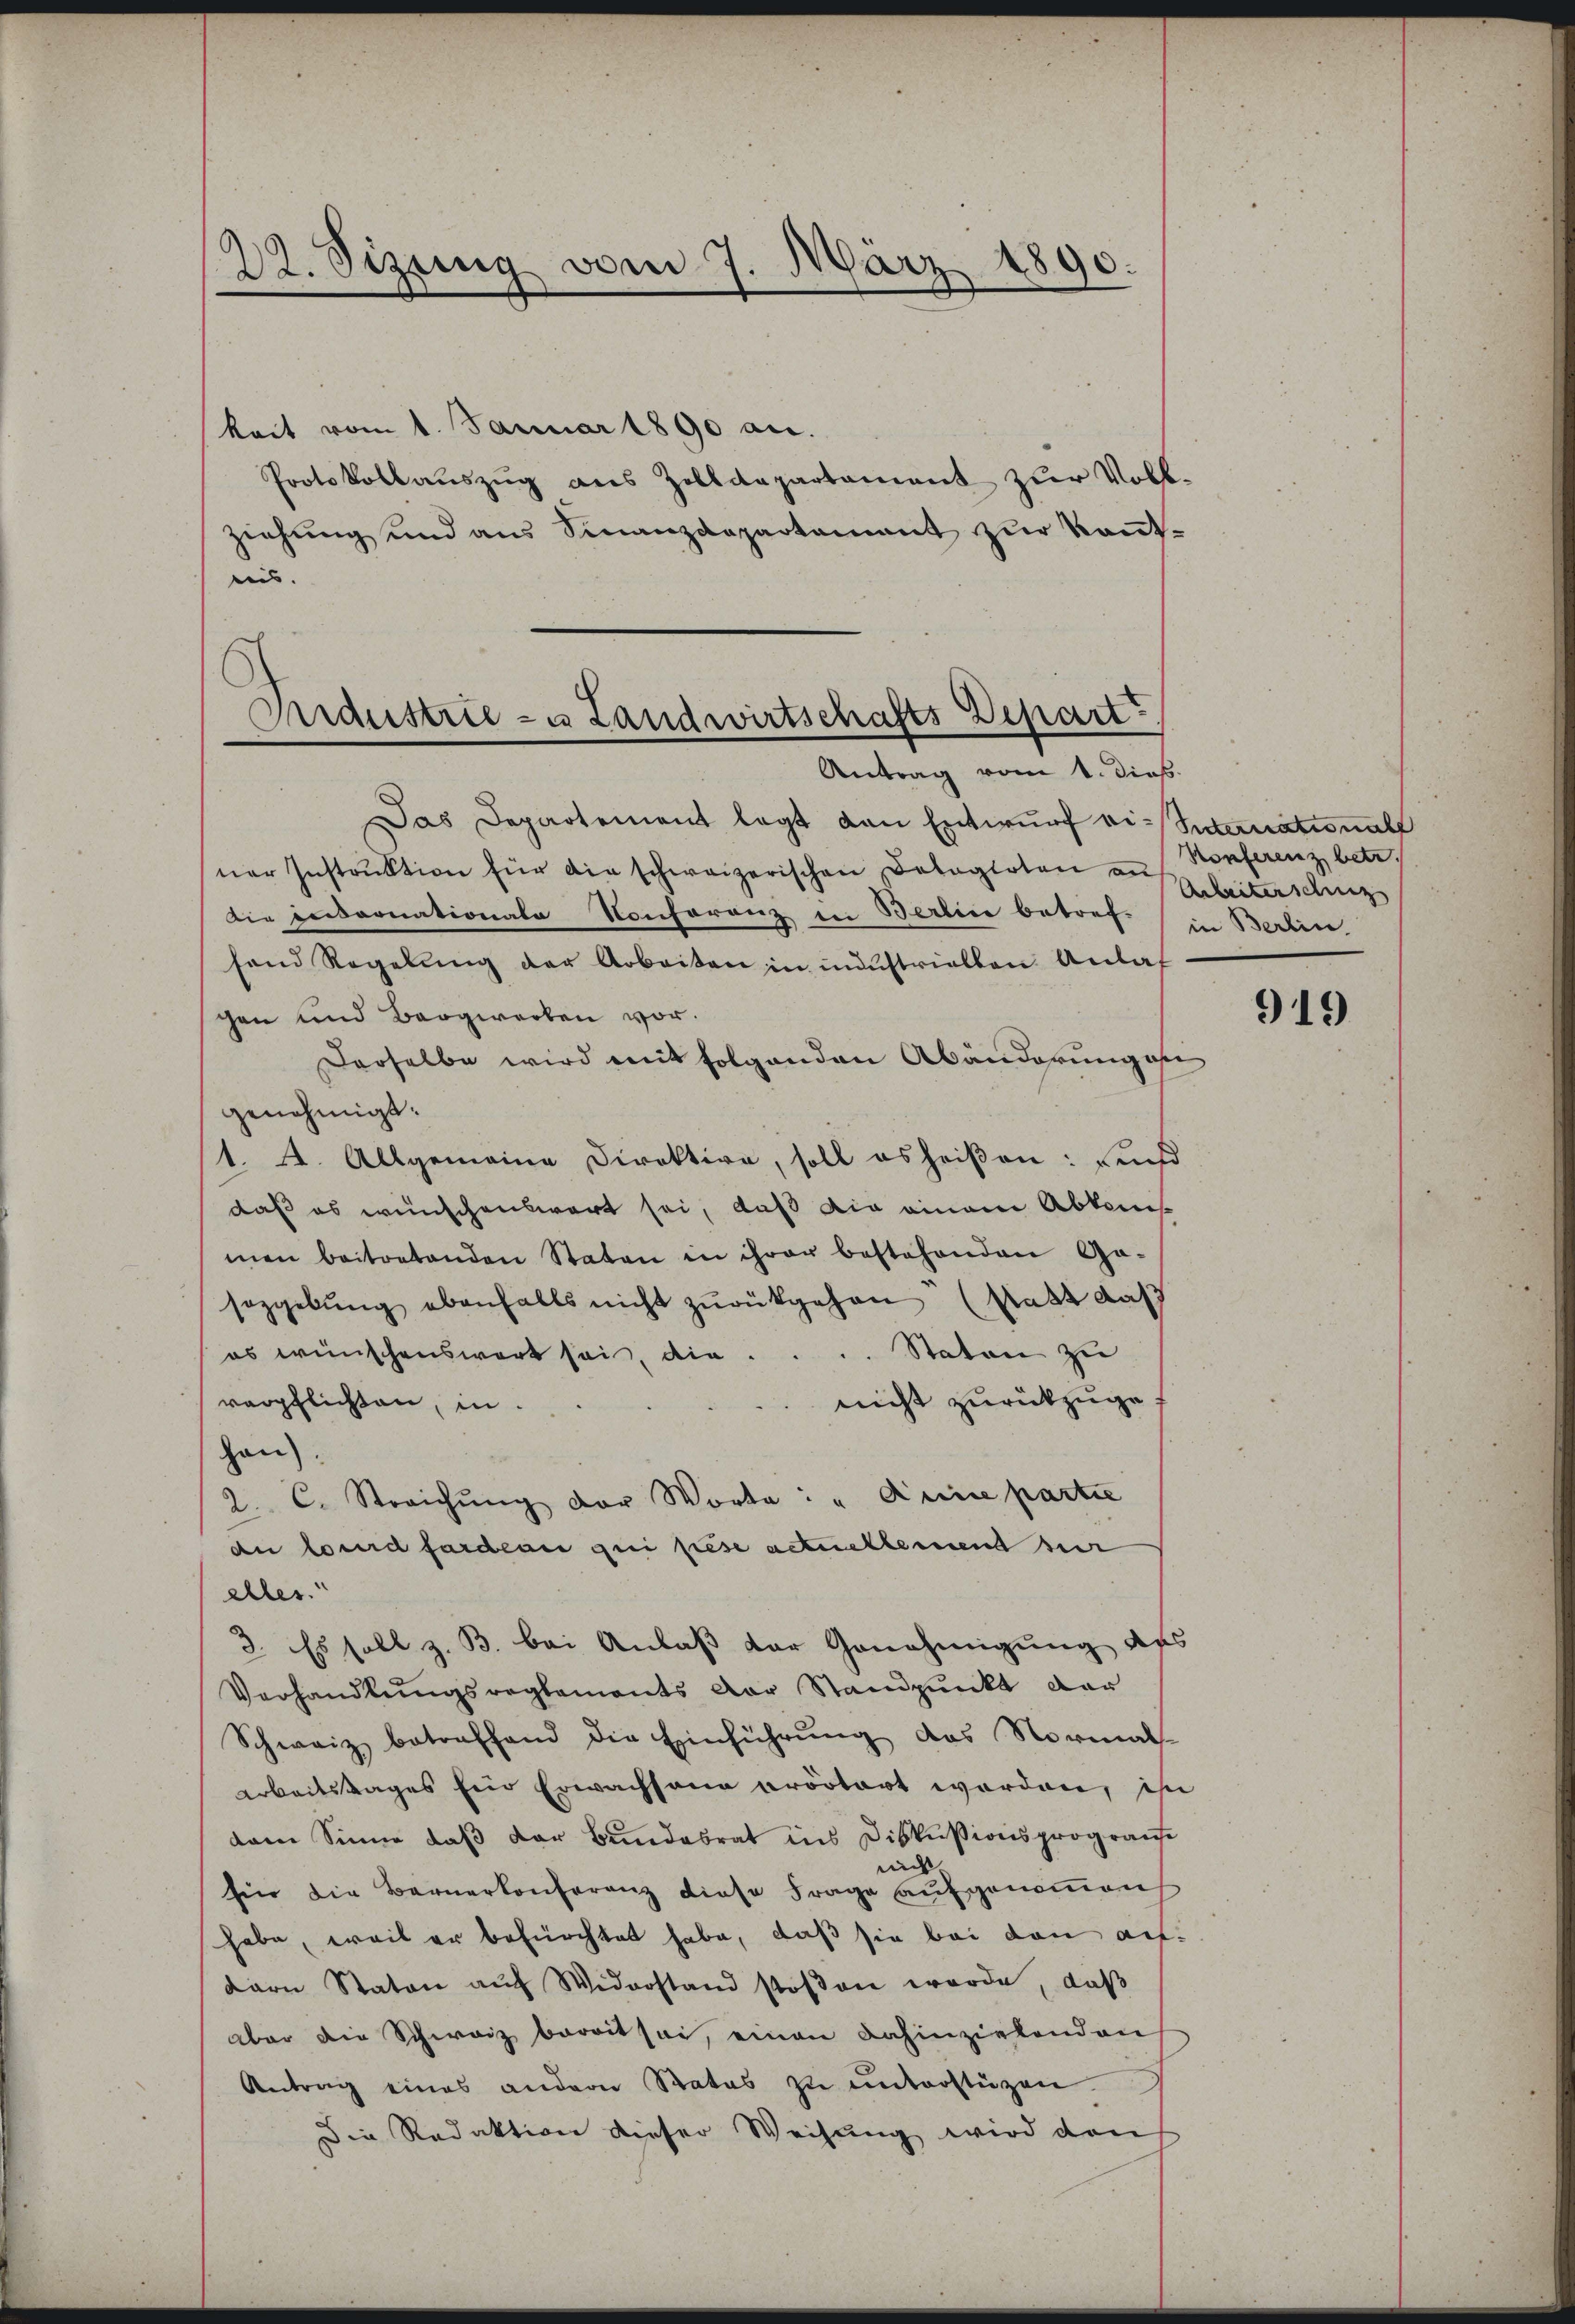
22. Sizung vom 7. März 1890.

keit vom 1. Januar 1890 an.
Protokollaŭszŭg ans Zolldepartament zur Voll-
ziehŭng und ans Finanzdepartamant zŭr Keṅt-
uns.

Industrie - u Landwirtschafts Depart
Antrag vom 1. dieß.

Das Departement legt von Entwŭrf vi-Suternational
ner Instrŭktion für die schweizerischen Delegirten an Konferenz betr.
Die enornationale Konferenz in Berlin betref- in Berlin.
fand Regelŭng der Arbeiten in neustriellen Anlas
schen und Bergwerken vor.
Derselbe wird mit folgenden Abänderung an
genehmigt:
1. A. Allgemeine Direktive, soll es heißen: und
daß es wünschenswert sei, daß die einem Abkenis
men beitretenden Staten in ihrer bestehenden Ga-
sazgebung ebenfalls nicht zurükgehen (Statt daß
es wünschenswert sei, die . . . . Staten zu
nicht zurückzuge
verpflichten, in
Han)
2. C. Streichŭng der Worte: "Deine partie
e lourd fordeau qui lese actuelleinend zur
eler.
2. Es soll z. B. bei Anlaß der Genehmigung des
Verhandlungsreglements der Standpunkt dar
Schweiz betreffend die Einführung das Normals
arbeitstages für Erwachsana erörtert worden, ihn
dam Sinne daß der Bundesrat ins Diskussionsprogrause
nich
fie die Bernerkonferenz diese Frage aufgenommen
habe, weil er befürchtet habe, daß sie bei den aufdern Staton aŭf Widerstand stoβen werde, daß
aber die Schweiz bereit sei, einen Dahinzielenden
Antrag eines andern Rates zŭ ŭnterstüzen
Die Redaktion dieser Weisung wird den

Arbeiterschinz

919